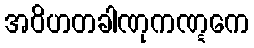
အဝိဟတခါဏုကဏ္ဋကေ